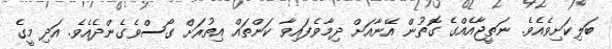
ބަލިކަށިވެއެވެ. ނަތީޖާއެއްގެ ގޮތުން އޭނާއަށް ދިމާވެފައިވާ ކަންތައް އިތުރަށް ގޯސްވެގެންދެއެވެ. އަދި މީގެ